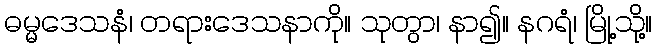
ဓမ္မဒေသနံ၊ တရားဒေသနာကို။ သုတွာ၊ နာ၍။ နဂရံ၊ မြို့သို့။